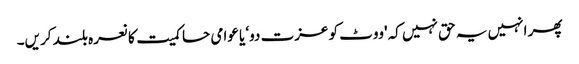
پھر انہیں یہ حق نہیں کہ 'ووٹ کو عزت دو‘ یا عوامی حاکمیت کا نعرہ بلند کریں۔